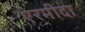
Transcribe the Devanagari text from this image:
एरमीदा